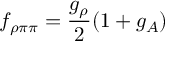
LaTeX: f _ { \rho \pi \pi } = \frac { g _ { \rho } } { 2 } ( 1 + g _ { A } )